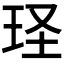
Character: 𮴎